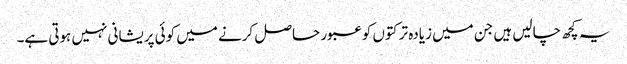
یہ کچھ چالیں ہیں جن میں زیادہ تر کتوں کو عبور حاصل کرنے میں کوئی پریشانی نہیں ہوتی ہے۔